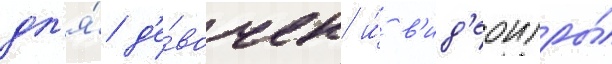
дл'я́ д'е́вочек и́ в'ид'еоигры́